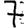
Digit: 7